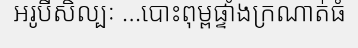
អរូបីសិល្បៈ ...បោះពុម្ពផ្ទាំងក្រណាត់ធំ